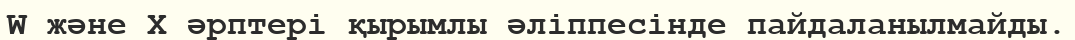
W және X әрптері қырымлы әліппесінде пайдаланылмайды.